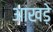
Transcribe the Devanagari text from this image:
आखड़े